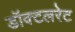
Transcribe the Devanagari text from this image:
डॉक्टलरेट